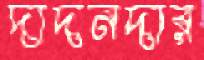
দাদনদার